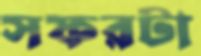
সফরটা